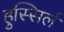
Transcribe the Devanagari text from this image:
हुस्सिर्ल